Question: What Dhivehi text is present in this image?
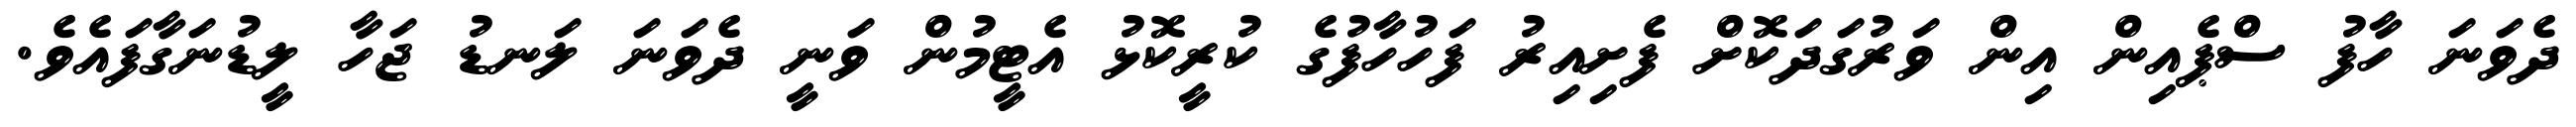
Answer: ދެވަނަ ހާފު ސްޕެއިން އިން ވަރުގަދަކޮށް ފެށިއިރު ފަހުހާފުގެ ކުރީކޮޅު އެޓީމުން ވަނީ ދެވަނަ ލަނޑު ޖަހާ ލީޑުނަގާފައެވެ.